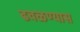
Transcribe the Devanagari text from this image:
ढवळण्यास